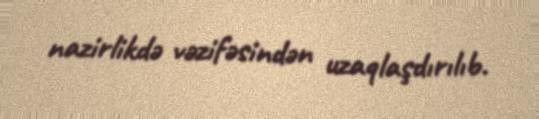
nazirlikdə vəzifəsindən uzaqlaşdırılıb.